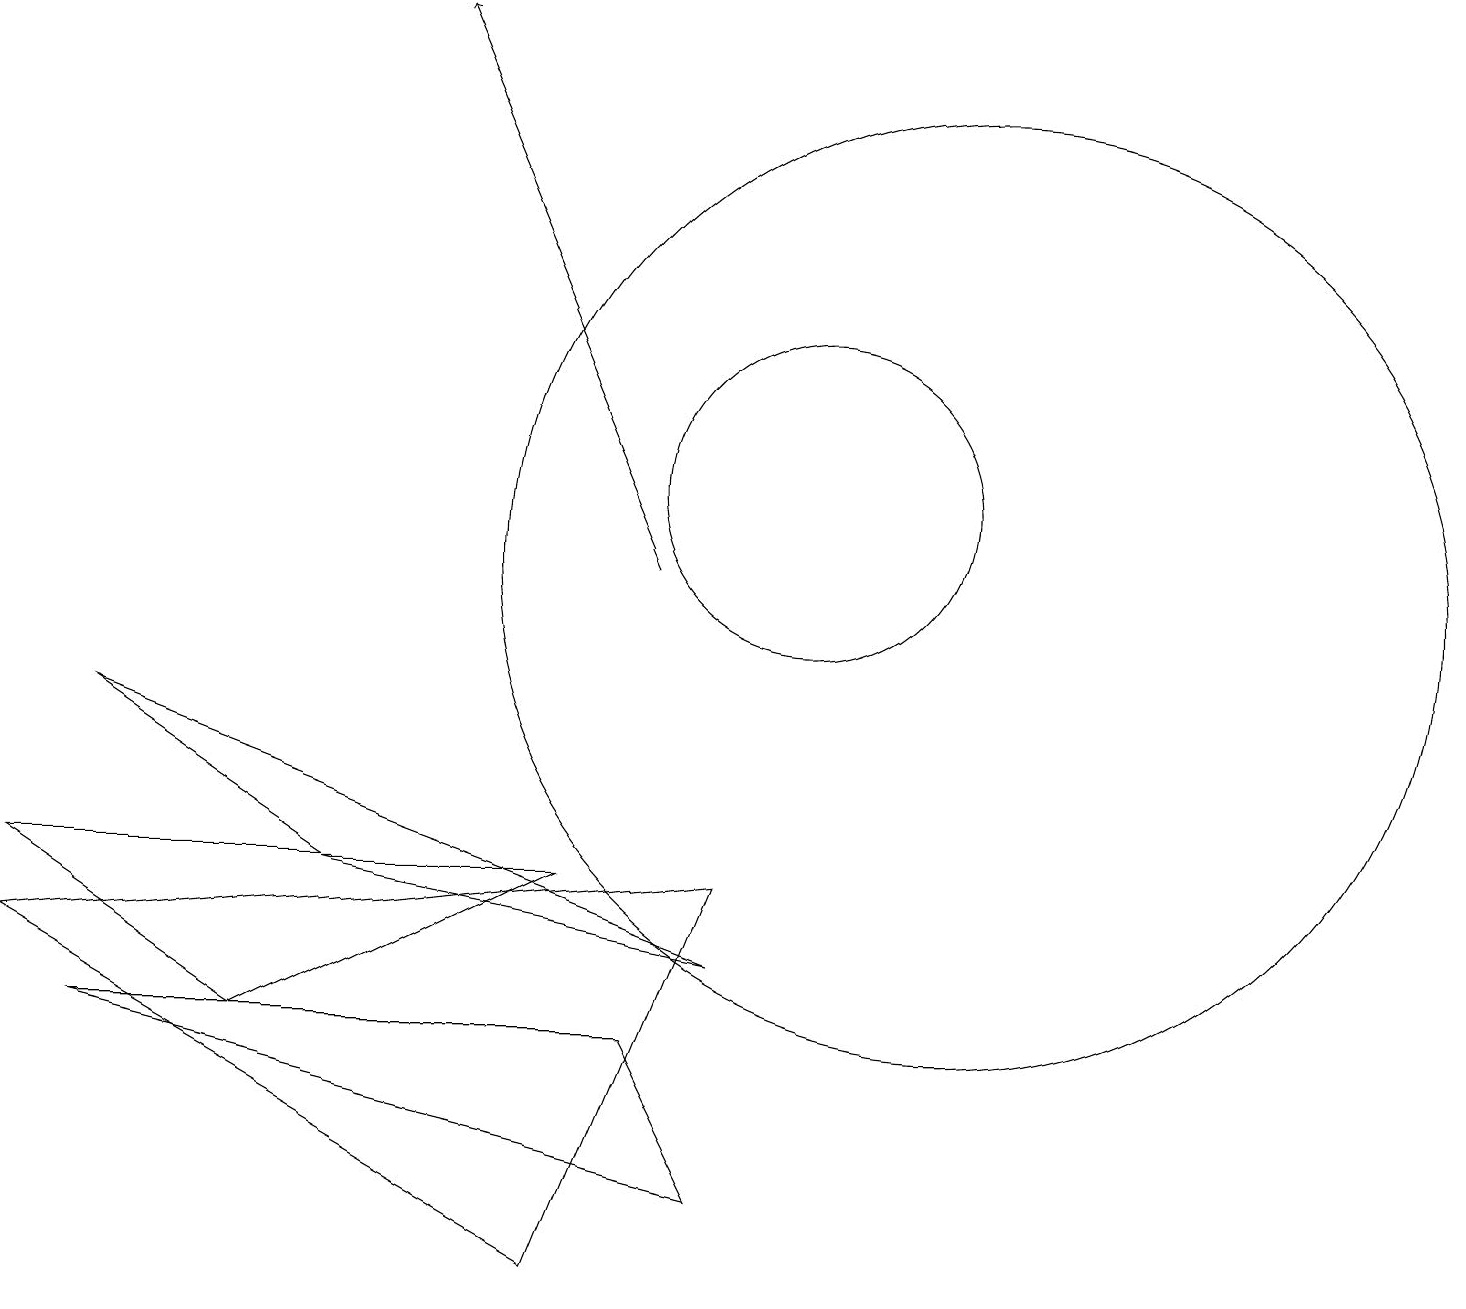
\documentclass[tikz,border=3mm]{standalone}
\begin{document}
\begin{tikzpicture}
\draw[->] (8,10) -- (5,17);
\draw (3,4) -- (0,6) -- (7,6) -- cycle;
\draw (0,17) rectangle (0,17);
\draw (1,8) -- (9,5) -- (4,6) -- cycle;
\draw (9,2) -- (8,4) -- (1,4) -- cycle;
\draw (0,5) -- (7,1) -- (9,6) -- cycle;
\draw (10,11) circle (2);
\draw (12,10) circle (6);
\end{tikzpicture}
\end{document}